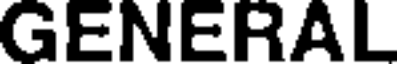
GENERAL